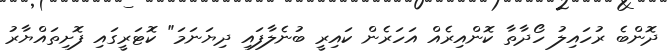
ދޮންބެ ރުހައިލު ހޯދާތާ ކޮންއިރެއް އަހަރެން ކައިރީ ބުނެލާފައި ދިޔަނަމަ" ކޮޓަރީގައި ފޮށިތައްޔާރު